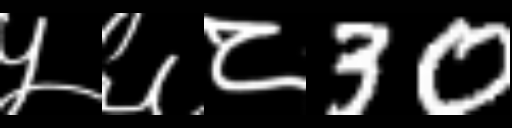
Text: ५६८30